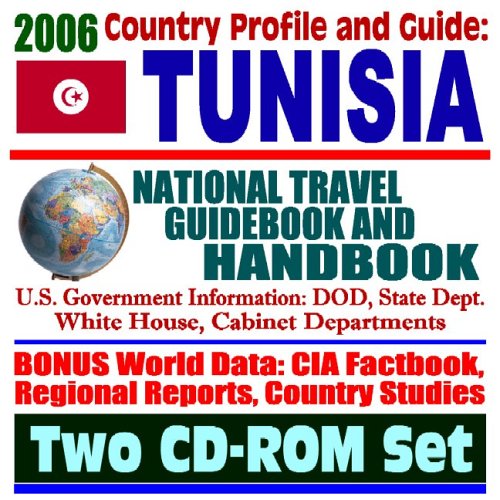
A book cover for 2006 Country Profile and Guide to Tunisia - National Travel Guidebook and Handbook - Weather, Agriculture, Exercise Atlas Hinge (Two CD-ROM Set); U.S. Government; Travel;